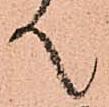
て